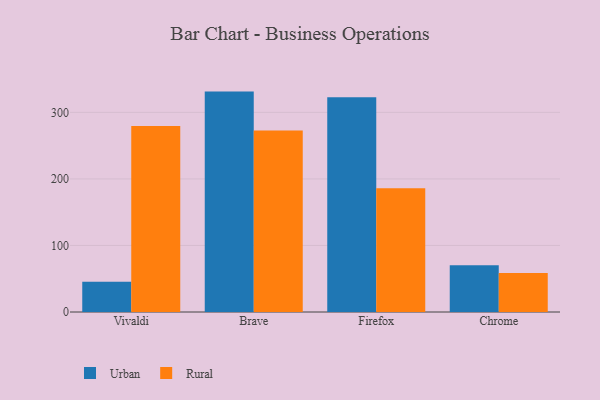
{"axis": {"x": "Browser", "y": "Active Users"}, "legend": ["Rural", "Urban"], "data": [{"x": "Vivaldi", "y": 45.5, "type": "Urban"}, {"x": "Vivaldi", "y": 279.4, "type": "Rural"}, {"x": "Brave", "y": 331.2, "type": "Urban"}, {"x": "Brave", "y": 272.6, "type": "Rural"}, {"x": "Firefox", "y": 322.8, "type": "Urban"}, {"x": "Firefox", "y": 186.0, "type": "Rural"}, {"x": "Chrome", "y": 70.1, "type": "Urban"}, {"x": "Chrome", "y": 58.7, "type": "Rural"}]}